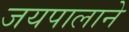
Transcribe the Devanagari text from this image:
जयपालाने